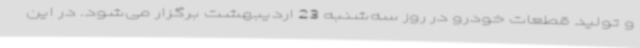
و تولید قطعات خودرو در روز سه‌شنبه 23 اردیبهشت برگزار می‌شود. در این